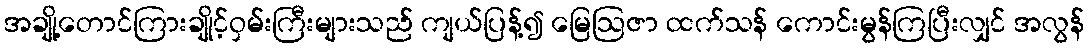
အချို့တောင်ကြားချိုင့်ဝှမ်းကြီးများသည် ကျယ်ပြန့်၍ မြေဩဇာ ထက်သန် ကောင်းမွန်ကြပြီးလျှင် အလွန်